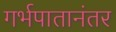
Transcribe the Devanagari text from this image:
गर्भपातानंतर